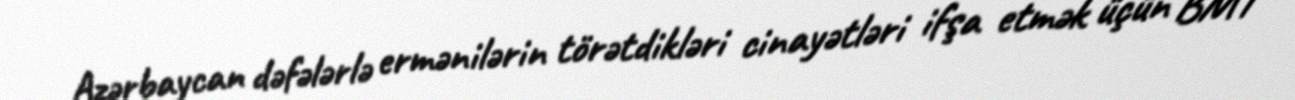
Azərbaycan dəfələrlə ermənilərin törətdikləri cinayətləri ifşa etmək üçün BMT